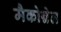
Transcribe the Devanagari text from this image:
मैकोन्नेल